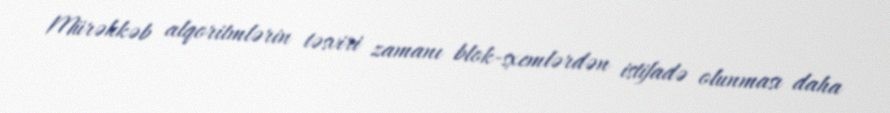
Mürəkkəb alqoritmlərin təsviri zamanı blok-sxemlərdən istifadə olunması daha